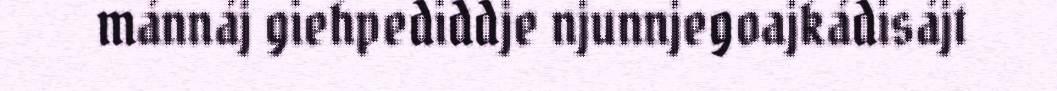
mánnáj giehpediddje njunnjegoajkádisájt